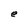
Character: e